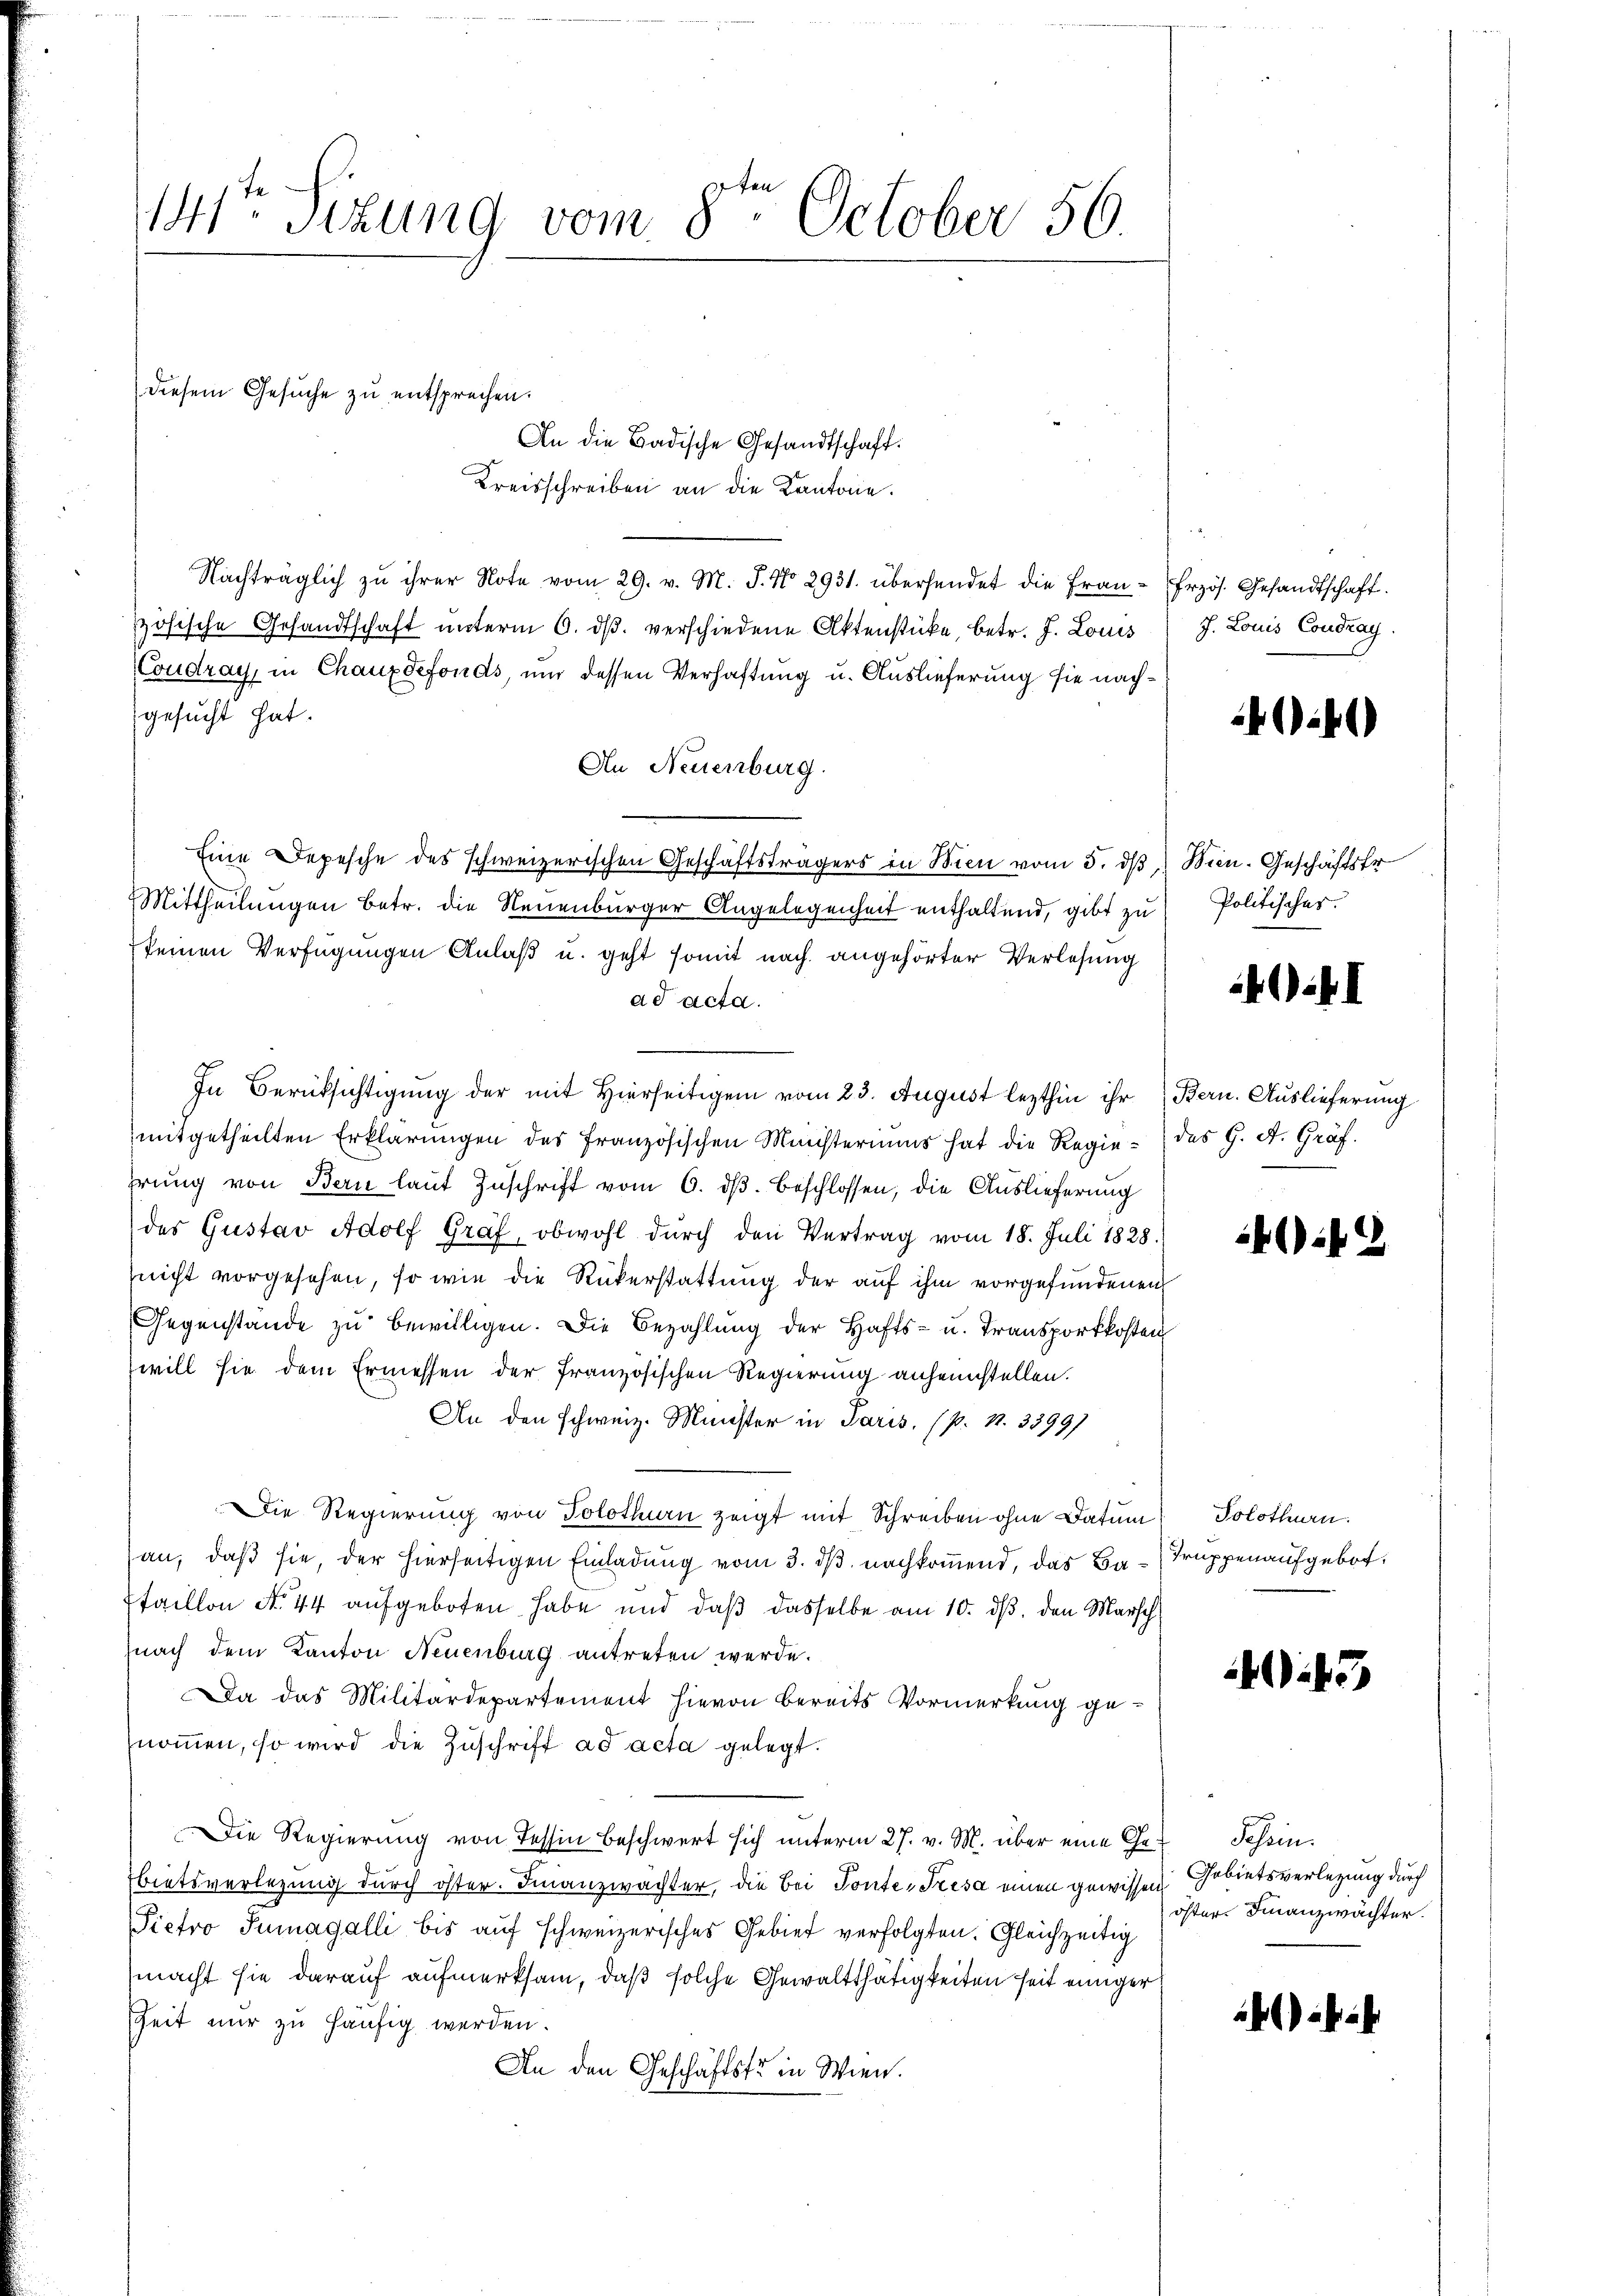
141. Sizung vom 8. October 56.

diesem Gesuche zu entsprechen.

An die Badische Gesandtschaft.
Kreisschreiben an die Kantone.
Nachträglich zu ihrer Note vom 29. v. M. J. No 2931. übersendet die Frau-Erzös. Gesandtschaft.
zösische Gesandtschaft ŭnterm 6. dβ verschiedene Aktenstücke, betr. J. Louis
Coudray, in Chauxdefonds, und dessen Verhaftung u. Auslieferung sie nachgesucht hat.
An Neuenburg.
Eine Depesche des schweizerischen Geschäftsträgers in Wien vom 5. dβ Wien. Geschäftsfr
Mittheilungen betr. die Neuenburger Angelegenheit enthaltend, gibt zu Politischer.
keinen Verfügungen Anlaß u. geht somit nach angehörter Verlesung
ad acta.
In Berüksichtigung der mit Hierseitigen vom 23. August lezthin ihr Bern. Auslieferung
mitgetheilten Erklärŭngen des französischen Ministeriums hat die Regie- des G. A. Graf.
hrŭng von Bern laŭt Zuschrift vom 6. dβ beschlossen, die Auslieferung
des Gustav Adolf Graf, obwohl durch den Vertrag vom 18. Juli 1828.
nicht vorgesehen, so wie die Rükerstattung der auf ihm vorgefundenen
Gegenstände zu bewilligen. Die Bezahlung der Hafts- u. Transportkosten
will sie dem Ermessen der Französischen Regierung anheimstellen.
An den schweiz. Minister in Paris, (p. N. 3399)
Die Regierung von Solothurn zeigt mit Schreiben ohne Datum) Solothurn.
an, daß sie, der hierseitigen Einladung vom 3. dβ nachkommend, das Ba-Truppenaufgebot.
Itaillon No. 44 aufgeboten habe und daß dasselbe am 10. ds. den Marsch
nach dem Kanton Neuenburg antreten werde.
Da das Militärdepartement hievon bereits Vormerkung genommen, so wird die Zuschrift ad acta gelegt.
Die Regierung von Tessin beschwert sich unterm 27. v. M. über eine Gebietsverlegung durch öster. Finanzwachter, die bei Tontes Tresa einen gewissen
Pietro Tumagalli bis auf schweizerisches Gebier verfolgten. Gleichzeitig
macht sie darauf aufmerksam, daß solche Gewaltthätigkeiten seit einiger
Zeit nur zu häufig werden.
An den Geschäftstr in Wien.

J. Louis Coudray.

i)

.) a.

if

i45

Schein
Gebietsverlegung durch
öster Finanzwächter.

a